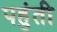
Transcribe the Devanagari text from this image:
पहुंती